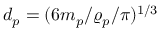
d _ { p } = ( 6 m _ { p } / \varrho _ { p } / \pi ) ^ { 1 / 3 }